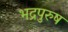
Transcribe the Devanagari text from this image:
भद्रपुरुष